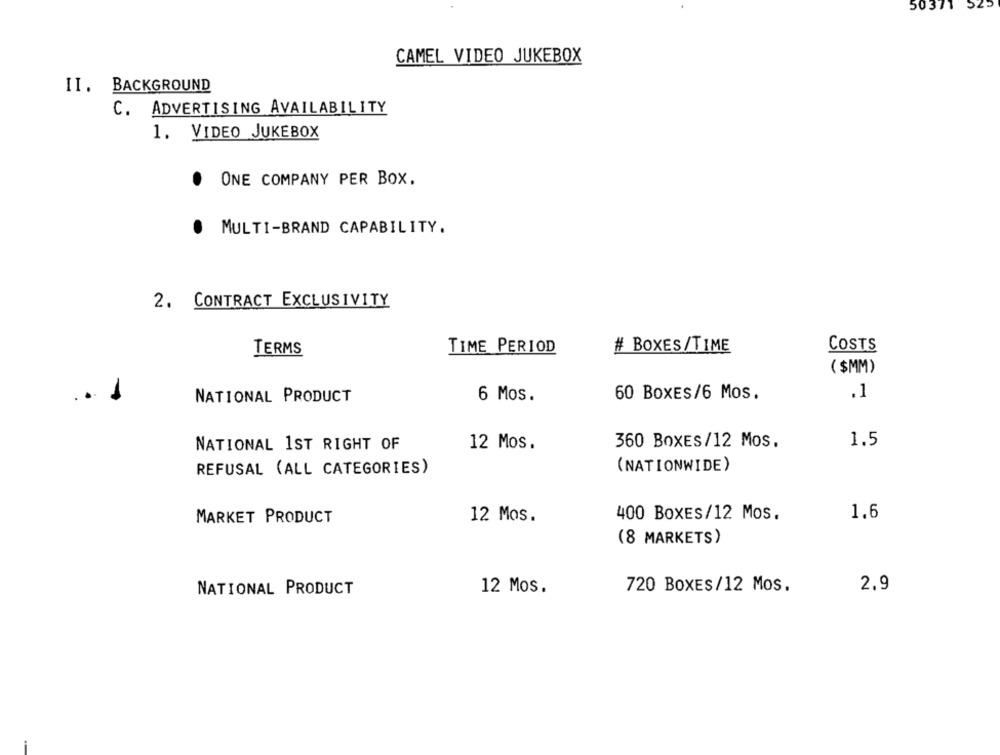
50371
CAMEL VIDEO JUKEBOX
II. BACKGROUND
C. ADVERTISING AVAILABILITY
1. VIDEO JUKEBOX
ONE COMPANY PER BOX.
.
.
MULTI-BRAND CAPABILITY.
2. CONTRACT EXCLUSIVITY
COSTS
TERMS
TIME PERIOD
# BOXES/TIME
( $MM)
NATIONAL PRODUCT
6 Mos.
60 BOXES/6 Mos.
.1
12 Mos.
360 BOXES/12 MOS.
1.5
NATIONAL 1ST RIGHT OF
(NATIONWIDE)
REFUSAL (ALL CATEGORIES)
MARKET PRODUCT
12 Mos.
400 BOXES/12 Mos.
1.6
(8 MARKETS)
12 Mos.
720 BOXES/12 Mos.
2,9
NATIONAL PRODUCT